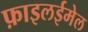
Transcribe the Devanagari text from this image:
फ़ाइलईमेल